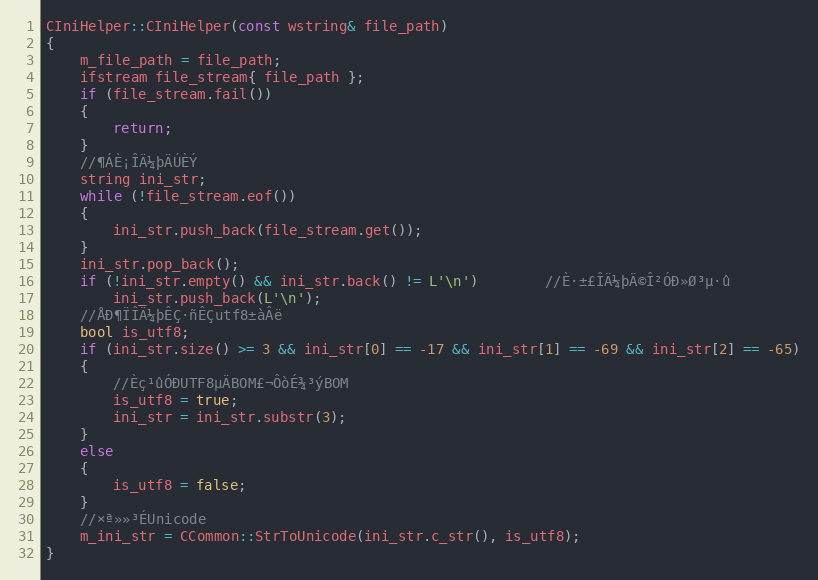
Language: C++
CIniHelper::CIniHelper(const wstring& file_path)
{
	m_file_path = file_path;
	ifstream file_stream{ file_path };
	if (file_stream.fail())
	{
		return;
	}
	//¶ÁÈ¡ÎÄ¼þÄÚÈÝ
	string ini_str;
	while (!file_stream.eof())
	{
		ini_str.push_back(file_stream.get());
	}
	ini_str.pop_back();
	if (!ini_str.empty() && ini_str.back() != L'\n')		//È·±£ÎÄ¼þÄ©Î²ÓÐ»Ø³µ·û
		ini_str.push_back(L'\n');
	//ÅÐ¶ÏÎÄ¼þÊÇ·ñÊÇutf8±àÂë
	bool is_utf8;
	if (ini_str.size() >= 3 && ini_str[0] == -17 && ini_str[1] == -69 && ini_str[2] == -65)
	{
		//Èç¹ûÓÐUTF8µÄBOM£¬ÔòÉ¾³ýBOM
		is_utf8 = true;
		ini_str = ini_str.substr(3);
	}
	else
	{
		is_utf8 = false;
	}
	//×ª»»³ÉUnicode
	m_ini_str = CCommon::StrToUnicode(ini_str.c_str(), is_utf8);
}